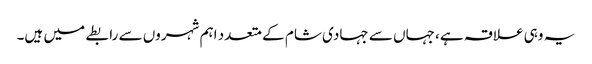
یہ وہی علاقہ ہے، جہاں سے جہادی شام کے متعدد اہم شہروں سے رابطے میں ہیں۔